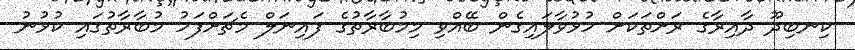
ކިނބިދޫ ދާއިރާގެ ރަށްތަކަށް ހުޅުވާލައިގެން ބޭއްވި މިމުބާރާތުގެ ފައިނަލް މެޗަށްފަހު މުބާރާތުގައި ކުޅުނު